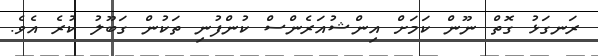
ރަނގަޅު ގޮތް ނޫން ކަމަށް އިންޝުއަރެންސް ކުންފުނި ތަކުން ގަބޫލު ކުރެ އެވެ.